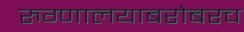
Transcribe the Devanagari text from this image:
रुग्णालयाबरोबरच